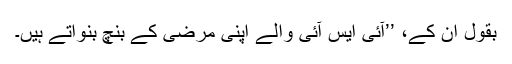
بقول اُن کے، ’’آئی ایس آئی والے اپنی مرضی کے بنچ بنواتے ہیں۔